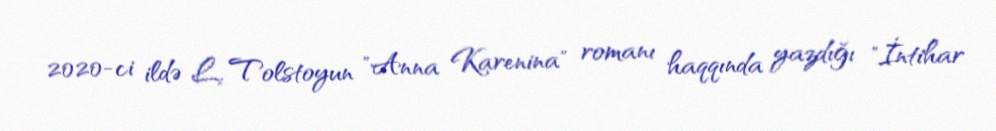
2020-ci ildə L. Tolstoyun "Anna Karenina" romanı haqqında yazdığı "İntihar